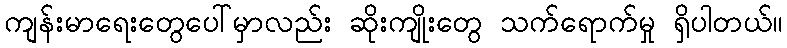
ကျန်းမာရေးတွေပေါ်မှာလည်း ဆိုးကျိုးတွေ သက်ရောက်မှု ရှိပါတယ်။